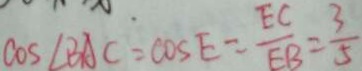
\cos \angle B A C = \cos E = \frac { E C } { E B } = \frac { 3 } { 5 }